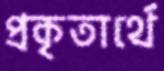
প্রকৃতার্থে